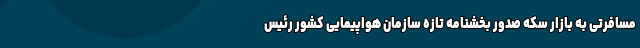
مسافرتی به بازار سکه صدور بخشنامه تازه سازمان هواپیمایی کشور رئیس